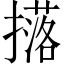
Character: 𭢥